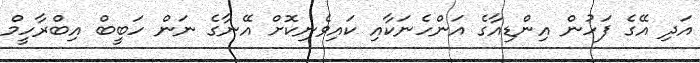
އަދި އޭގެ ފަހުން އިންޑިއާގެ އަންހެނަކާއި ކައިވެނިކޮށް އޭނާގެ ނަން ހަބީބް އިބްރާހީމް